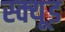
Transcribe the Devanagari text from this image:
स्क्यूड